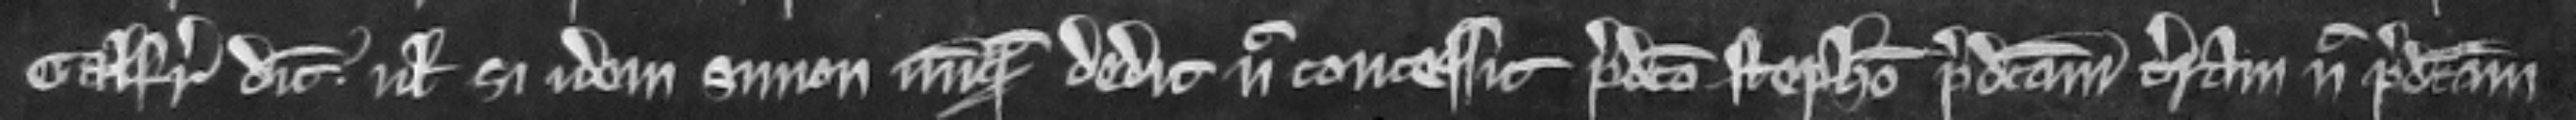
Galfridus dicit vel si idem Simon nunquam dedit nec concessit predicto Stephano predictam terram nec predictam